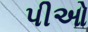
પીઓ